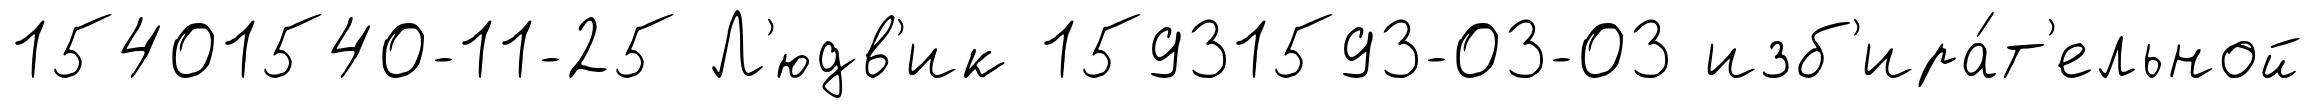
15401540-11-25 Л'юдв'ик 15931593-03-03 изб'ира́т'ельной